Report on the working of the mental hospitals for Indians in Bihar and Orissa - 1925-1929
Year: 1925
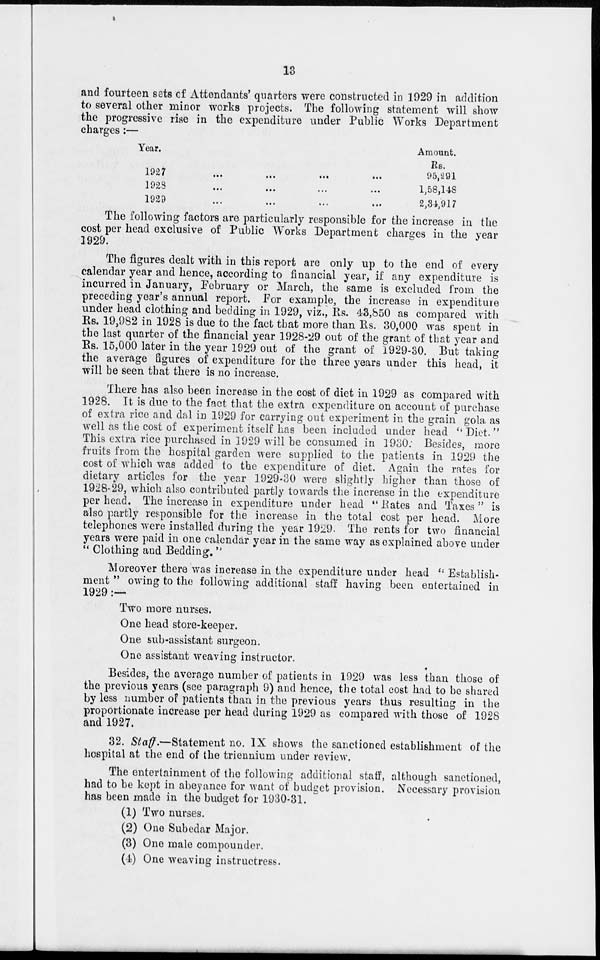
13
and fourteen sets of Attendants' quarters were constructed in 1929 in addition
to several other minor works projects. The following statement will show
the progressive rise in the expenditure under Public Works Department
charges :—
Year.
1927 ... ... ... ...
1928
...
...
...
...
1929 ... ... ... ...
Amount.
Rs.
95,291
1,58,148
2,34,917
The following factors are particularly responsible for the increase in the
cost per head exclusive of Public Works Department charges in the year
1929.
The figures dealt with in this report are only up to the end of every
calendar year and hence, according to financial year, if any expenditure is
incurred in January, February or March, the same is excluded from the
preceding year's annual report. For example, the increase in expenditure
under head clothing and bedding in 1929, viz., Rs. 43,850 as compared with
Rs. 19,982 in 1928 is due to the fact that more than Rs. 30,000 was spent in
the last quarter of the financial year 1928-29 out of the grant of that year and
Rs. 15,000 later in the year 1929 out of the grant of 1929-30. But taking
the average figures of expenditure for the three years under this head, it
will be seen that there is no increase.
There has also been increase in the cost of diet in 1929 as compared with
1928. It is due to the fact that the extra expenditure on account of purchase
of extra rice and dal in 1929 for carrying out experiment in the grain gola as
well as the cost of experiment itself has been included under head '' Diet. "
This extra rice purchased in 1929 will be consumed in 1930. Besides, more
fruits from the hospital garden were supplied to the patients in 1929 the
cost of which was added to the expenditure of diet. Again the rates for
dietary articles for the year 1929-30 were slightly higher than those of
1928-29, which also contributed partly towards the increase in the expenditure
per head. The increase in expenditure under head " Rates and Taxes " is
also partly responsible for the increase in the total cost per head. More
telephones were installed during the year 1929. The rents for two financial
years were paid in one calendar year in the same way as explained above under
" Clothing and Bedding. "
Moreover there was increase in the expenditure under head '' Establish-
ment " owing to the following additional staff having been entertained in
1929 :—
Two more nurses.
One head store-keeper.
One sub-assistant surgeon.
One assistant weaving instructor.
Besides, the average number of patients in 1929 was less than those of
the previous years (see paragraph 9) and hence, the total cost had to be shared
by less number of patients than in the previous years thus resulting in the
proportionate increase per head during 1929 as compared with those of 1928
and 1927.
32. Staff.—Statement no. IX shows the sanctioned establishment of the
hospital at the end of the triennium under review.
The entertainment of the following additional staff, although sanctioned,
had to be kept in abeyance for want of budget provision. Necessary provision
has been made in the budget for 1930-31.
(1) Two nurses.
(2) One Subedar Major.
(3) One male compounder.
(4) One weaving instructress.